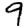
Digit: 9